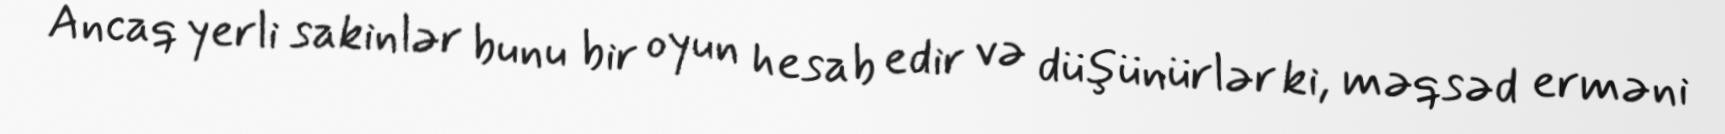
Ancaq yerli sakinlər bunu bir oyun hesab edir və düşünürlər ki, məqsəd erməni